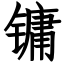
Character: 镛